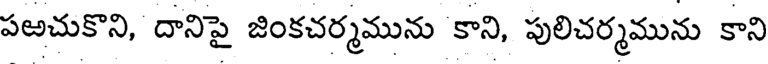
పఱచుకొని, దానిపై జింకచర్మమును కాని, పులిచర్మమును కాని